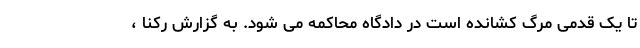
تا یک قدمی مرگ کشانده است در دادگاه محاکمه می شود. به گزارش رکنا ،